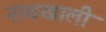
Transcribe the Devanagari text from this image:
नावखाली